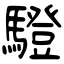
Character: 䮴